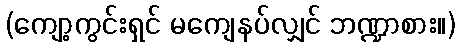
(ကျော့ကွင်းရှင် မကျေနပ်လျှင် ဘဏ္ဍာစား။)